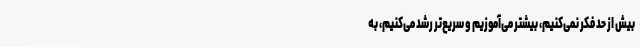
بیش از حد فکر نمی‌کنیم، بیشتر می‌آموزیم و سریع‌تر رشد می‌کنیم، به